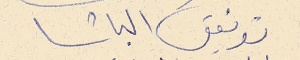
توفيق الباشا